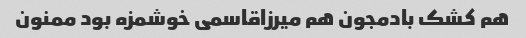
هم کشک بادمجون هم میرزاقاسمی خوشمزه بود ممنون